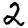
Digit: 2